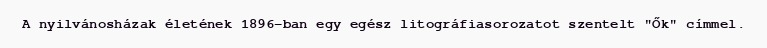
A nyilvánosházak életének 1896-ban egy egész litográfiasorozatot szentelt "Ők" címmel.